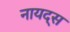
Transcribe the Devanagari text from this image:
नायद्स